Annual report on the working of the lock hospitals in the North-Western Provinces and Oudh
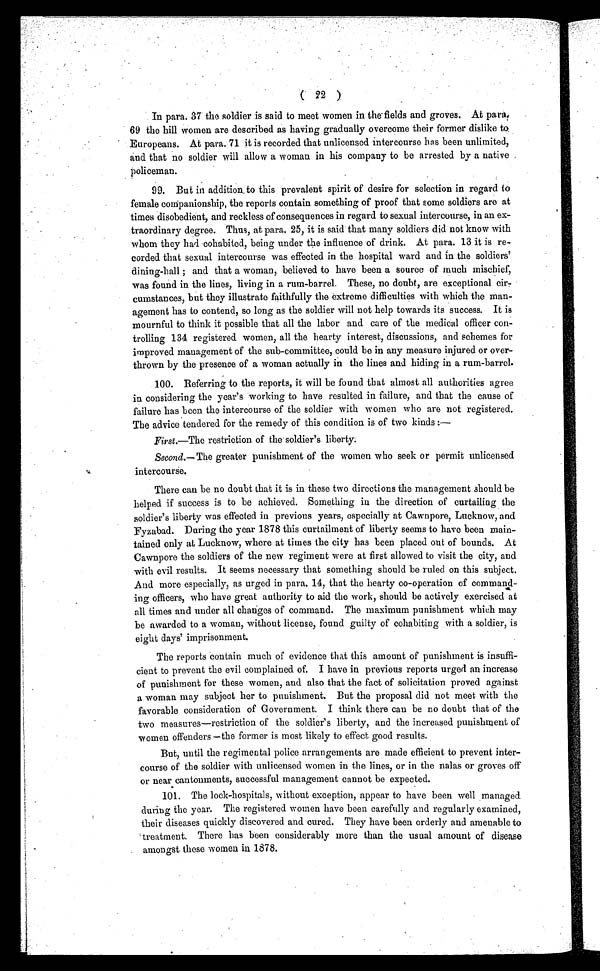
( 2 2 )
In para. 37 the soldier is said to meet women in the fields and groves. At para.
69 the hill women are described as having gradually overcome their former dislike to
Europeans. At para. 71 it is recorded that unlicensed intercourse has been unlimited,
and that no soldier will allow a woman in his company to be arrested by a native
policeman.
99. But in addition to this prevalent spirit of desire for selection in regard to
female companionships, the reports contain something of proof that some soldiers are at
times disobedient, and reckless of consequences in regard to sexual intercourse, in an ex-
traordinary degree. Thus, at para. 25, it is said that many soldiers did not know with
whom they had cohabited, being under the influence of drink. At para. 13 it is re-
corded that sexual intercourse was effected in the hospital ward and in the soldiers'
dining-hall ; and that a woman, believed to have been a source of much mischief,
was found in the lines, living in a rum-barrel. These, no doubt, are exceptional cir-
cumstances, but they illustrate faithfully the extreme difficulties with which the man-
agement has to contend, so long as the soldier will not help towards its success. It is
mournful to think it possible that all the labor and care of the medical officer con-
trolling 134 registered women, all the hearty interest, discussions, and schemes for
improved management of the sub-committee, could be in any measure injured or over-
thrown by the presence of a woman actually in the lines and hiding in a rum-barrel.
100. Referring to the reports, it will be found that almost all authorities agree
in considering the year's working to have resulted in failure, and that the cause of
failure has been the intercourse of the soldier with women who are not registered.
The advice tendered for the remedy of this condition is of two kinds :—
First.—The restriction of the soldier's liberty.
Second.— The greater punishment of the women who seek or permit unlicensed
intercourse.
There can be no doubt that it is in these two directions the management should be
helped if success is to be achieved. Something in the direction of curtailing the
soldier's liberty was effected in previous years, especially at Cawnpore, Lucknow, and
Fyzabad. During the year 1878 this curtailment of liberty seems to have been main-
tained only at Lucknow, where at times the city has been placed out of bounds. At
Cawnpore the soldiers of the new regiment were at first allowed to visit the city, and
with evil results. It seems necessary that something should be ruled on this subject.
And more especially, as urged in para. 14, that the hearty co-operation of command-
ing officers, who have great authority to aid the work, should be actively exercised at
all times and under all changes of command. The maximum punishment which may
be awarded to a woman, without license, found guilty of cohabiting with a soldier, is
eight days' imprisonment.
The reports contain much of evidence that this amount of punishment is insuffi-
cient to prevent the evil complained of. I have in previous reports urged an increase
of punishment for these women, and also that the fact of solicitation proved against
a woman may subject her to punishment. But the proposal did not meet with the
favorable consideration of Government. I think there can be no doubt that of the
two measures—restriction of the soldier's liberty, and the increased punishment of
women offenders—the former is most likely to effect good results.
But, until the regimental police arrangements are made efficient to prevent inter-
course of the soldier with unlicensed women in the lines, or in the nalas or groves off
or near cantonments, successful management cannot be expected.
101. The lock-hospitals, without exception, appear to have been well managed
during the year. The registered women have been carefully and regularly examined,
their diseases quickly discovered and cured. They have been orderly and amenable to
treatment. There has been considerably more than the usual amount of disease
amongst these women in 1878.